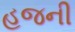
હજની